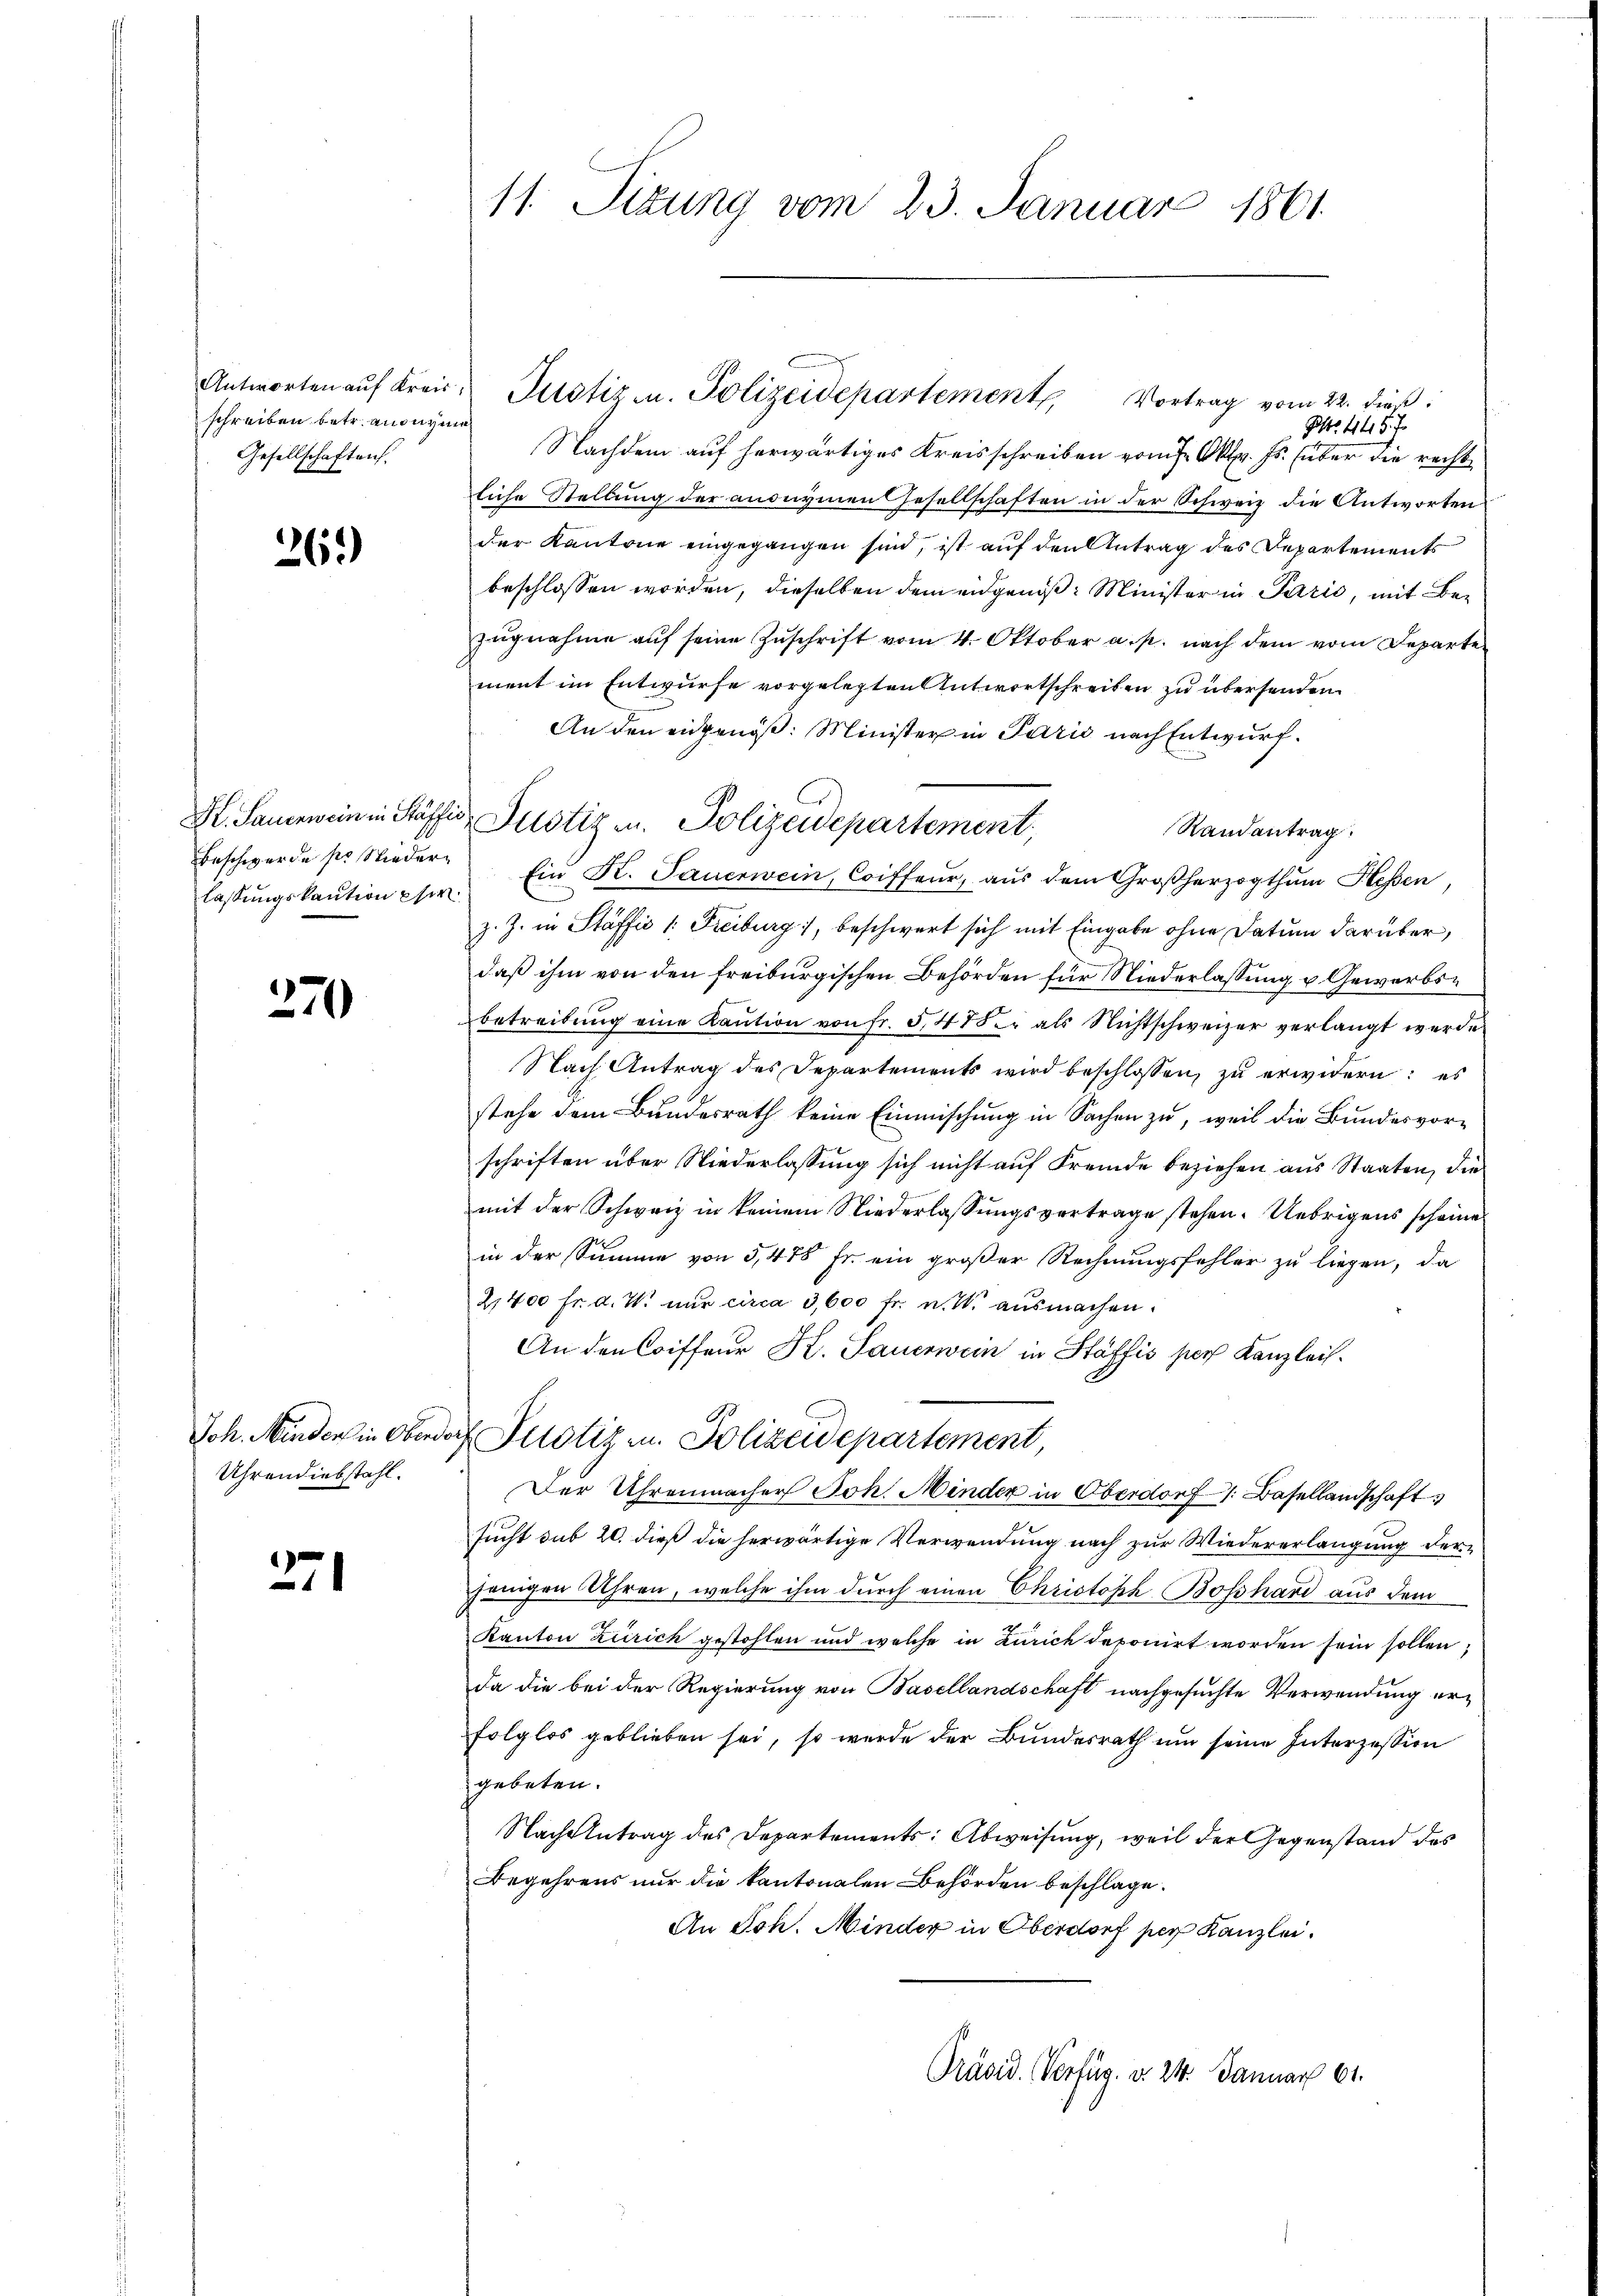
Antworten auf Kreis
schreiben betr. anonen
Gesellschaften.

361)

Hl. Sauerwein in Stäffe
Beschwerde so wiederlassungskaution per

270

Uhrendiebstahl.

271

11. Sizung vom 23. Januar 1861

af
Jost 445. 7
Nachdem auf herwärtiges Kreisschreiben vom 7. Okt. Js. über die recht
liche Stellung der anonymen Gesellschaften in der Schweiz die Antworten
der Kantone eingegangen sind, ist auf den Antrag des Departements
beschlossen worden, dieselben dem eidgenoß: Minister in Parić, mit Bezugnahme auf seine Zuschrift vom 4. Oktober a. p. nach dem vom Departe
ment im Entwürfe vorgelegten Antwortschreiben zu übersenden.
An den eidgenöß: Minister in Paris nach Entwurf.
Randantrag
Ein Kt. Sauerwein, Coiffeur, aus dem Großherzogthum Hessen,
z. Z. in Stäffić 1: Freiburg, beschwert sich mit Eingabe ohne Datum darüber,
daß ihm von den freiburgischen Behörden für Niederlassung u. Gewerbsbetreibŭng eine Kaŭtion von fr. 5475 als Nichtschweizer verlangt werde.
Nach Antrag des Separtements wird beschlossen, zu erwidern: es
stehe dem Bundesrath keine Einmischung in Sachen zu, weil die Bundesvorschriften über Niederlassung sich nicht auf Fremde beziehen aus Staaten, die
mit der Schweiz in keinem Niederlassŭngsvertrage stehen. Uebrigens scheine
in der Summe von 5,478 Fr. ein großer Rechnungsfehler zu liegen, da
2,400 fr. a. W. nŭr circa 3,600 fr. n. W. ausmachen.
An den Coiffeur K. Sauerwein in Stäffis per Kanzleis¬
Joh. Minder in Oberdorf Pilotiz zu. Polizeidepartement
Der Uhrenmacher Joh. Minder in Oberdorf 1. Basellandschaft
sucht sub 20. dieß die herwärtige Verwendung nach zur Wiedererlangung derjenigen Uhren, welche ihm durch einen Christoph Bosshand aus dem
Kanton Zürich gestohlen und welche in Zürich deponirt worden sein sollen,
da die bei der Regierung von Basellandschaft nachgesuchte Verwendung erfolglos geblieben sei, so wurde der Bundesrath um seine Interzession
gebeten.
Nachzutrag des Departements: Abweisung, weil der Gegenstand des
Begehrens nur die kantonalen Behörden beschlage.
An Joh. Minder in Oberdorf per Kanzlei.
Prävid. Verfüg. v. 24. Januar 61.

Justiz u. Polizeidepartement, Vortrag vom 22. dieß:

d Justiz u. Polizeidepartement,